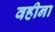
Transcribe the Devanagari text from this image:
वहीना